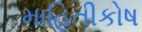
માહિતીકોષ